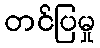
တင်ပြမှု